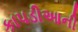
કાપડીઆની